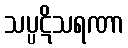
သပ္ပဋိသရဏာ